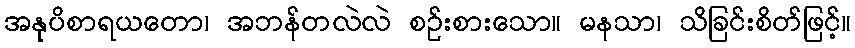
အနုပိစာရယတော၊ အဘန်တလဲလဲ စဉ်းစားသော။ မနသာ၊ သိခြင်းစိတ်ဖြင့်။